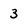
Character: 3